Annual report of the Punjab Veterinary College and of the Civil Veterinary Department, Punjab - 1909-1919
Year: 1909
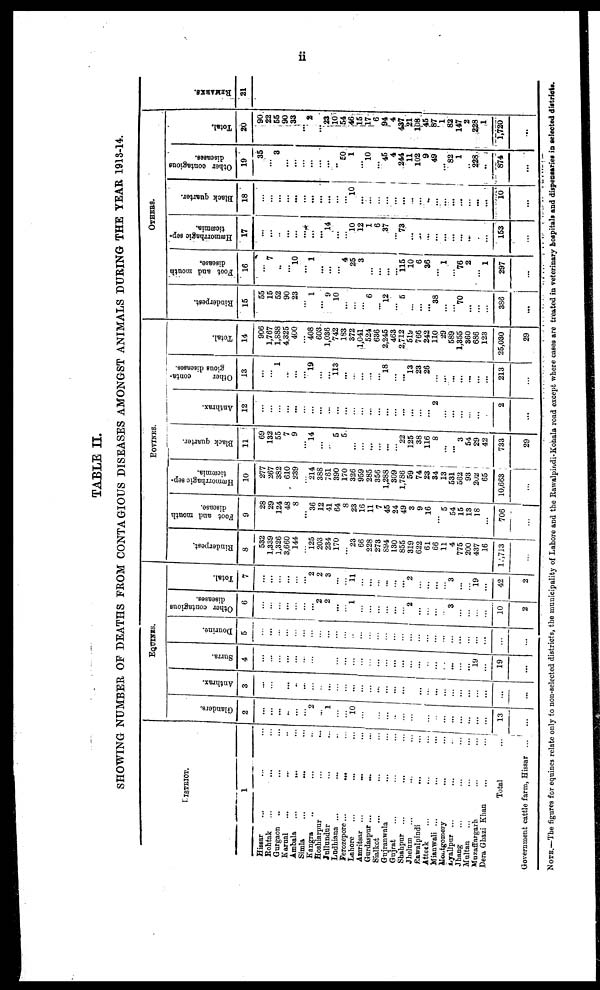
ii
TABLE II.
SHOWING NUMBER OF DEATHS FROM CONTAGIOUS DISEASES AMONGST ANIMALS DURING THE YEAR 1913-14.
DISTRICT.
1
Hissar ... ... ... ...
Rohtak ... ... ... ...
Gurgaon ... ... ... ... ...
Karnal ... ... ... ... ... ...
Ambala
...
..
... ... ... ...
Simla
...
...
...
Kangra
..
... ... ... ... ...
Hoshiarpur
...
...
Jullundur
... ... ... ...
Ludhiana ...
... ... ... ... ...
Ferozepore ...
...
.. ... ... ...
Lahore
...
...
... ...
Amritsar ...
...
... ...
Gurdaspur ...
...
... ...
Sialkot
...
...
... ... ...
Gujranwala
...
...
Gujrat
...
...
...
Shahpur
...
...
... ... ...
Jhelum
...
..
...
Rawalpindi
...
... ...
Attock
...
...
... ... ...
Mianwali ...
...
... ... ... ...
Montgomery
...
... ... ...
Lyallpur ...
... ... ... ...
Jhang
...
...
...
...
Multan ... ... ... ...
Muzaffargarh ... ... ... ... ... ... ... ...
Dera Ghazi Khan ... ... ... ... ...
Total ...
Government cattle farm, Hissar ... ... ...
EQIUNE
Glanders.
2
...
...
...
...
...
...
2
...
1
...
...
10
...
...
...
...
...
...
...
...
...
...
...
...
...
...
...
...
...
...
Anthrax.
3
...
...
...
...
...
...
...
...
...
...
...
...
...
...
...
...
...
...
...
...
...
...
...
...
...
...
...
...
...
...
Surra.
4
...
...
...
...
...
...
...
...
...
...
...
...
...
...
...
...
...
...
...
...
...
...
...
...
...
19
...
...
...
Dourine.
5
...
...
...
...
...
...
...
...
...
...
...
...
...
...
...
...
...
...
...
...
...
...
...
...
...
...
...
...
...
...
Other contagions
diseases.
6
...
...
...
...
...
...
...
2
...
...
...
1
...
...
...
...
...
...
2
...
...
...
...
3
...
...
...
...
10
2
Total.
7
...
...
...
...
...
...
2
2
3
...
...
11
...
...
...
...
...
... 2
...
...
...
...
3
...
... 19
...
42
...
BOVINES.
Rinderpest
8
532
1,339
1,326
3,660
144
...
125
203
234
170
...
23
66
228
273
894
130
855
319
622
61
66
11
4
775
200
437
16
2,713
...
Foot and mouth
disease.
9
28
29
124
48
8
...
36
12
41
64
8
23
16
11
7
45
24
49
3
9
16
...
5
54
15
13
18
...
706
...
Hæmorrhagic sep-
10
277
267
3S2
610
239
...
214
388
761
390
170
326
959
285
356
1,288
309
1,786
59
74
23
34
13
531
562
93
202
65
10,663
...
Black quarter.
11
69
132
55
7
9
...
14
...
...
5
5
...
...
...
...
...
...
22
125
38
116
8
...
...
3
54
29
42
733
29
Anthrax.
12
...
...
...
...
... ...
...
...
...
...
...
...
...
...
...
...
...
...
...
...
...
2
...
...
...
...
...
...
2
...
Other
conta-
gious diseases.
13
...
...
1
...
...
...
19
...
...
113
...
...
...
...
...
18
...
...
13
23
26
...
...
...
...
...
...
...
213
...
Total.
14
906
1,767
1,888
4,325
400
...
408
603
1,036
742
183
372
1,041
524
636
2,245
463
2,712
519
766
242
110
29
589
1,355
360
686
123
25,030
29
OTHERS
Rinderpest.
15
55
15
52
90
23
...
1
...
9
10
...
...
...
6
...
12
...
5
...
...
...
38
...
...
70
...
...
...
386
...
Foot and mouth
disease.
16
...
7
...
...
10
1
...
...
...
4
25
3
...
...
...
...
115
10
6
36
...
1
...
76
2
...
1
297
...
Hæmorrhagic sep-
ticæmia.
17
...
...
...
...
...
...
...
14
...
...
10
12
1
6
37
...
73
...
...
...
...
...
...
...
...
...
...
153
...
Black quarter.
18
...
...
...
...
...
...
...
...
...
...
...
10
...
...
...
...
...
...
...
...
...
...
...
...
...
...
...
...
10
...
Other contagious
diseases.
19
35
...
3
...
...
...
...
...
...
...
50
1
... 10
...
45
4
244
11
102
9
49
...
82
1
... 228
...
874
...
Total.
20
90
22
55
90
33
...
2
...
23
10
54
46
15
17
6
94
4
437
21
108
45
87
1
82
147
2
228
1
1,720
...
REMARKS.
21
NOTE.—The figures for equines relate only to non-selected districts, the municipality of Lahore and the Rawalpindi-Konala road except where cases are treated in veterinary hospitals and dispensaries in selected